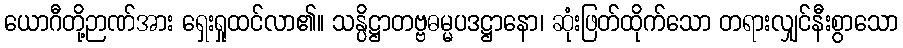
ယောဂီတို့ဉာဏ်အား ရှေးရှုထင်လာ၏။ သန္ပိဋ္ဌာတဗ္ဗဓမ္မပဒဋ္ဌာနော၊ ဆုံးဖြတ်ထိုက်သော တရားလျှင်နီးစွာသော